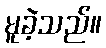
မူခဲ့သည်။